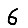
Digit: 6